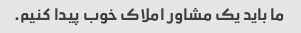
ما باید یک مشاور املاک خوب پیدا کنیم.